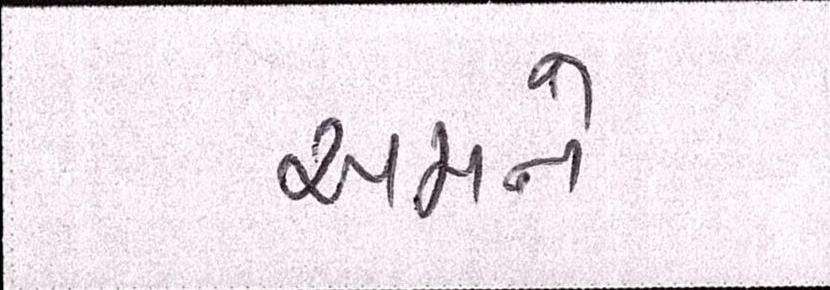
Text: અમને